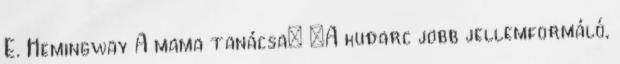
E. Hemingway A mama tanácsa: „A kudarc jobb jellemformáló,